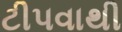
ટીપવાથી